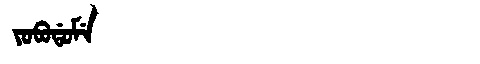
Manchu: ᠶᠣᠪᠣᡩᠣᠮᡝ
Romanization: YOBODOME